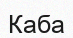
Каба